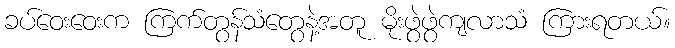
ခပ်ဝေးဝေးက ကြက်တွန်သံတွေနဲ့အတူ မိုးဖွဲဖွဲကျလာသံ ကြားရတယ်။